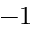
- 1